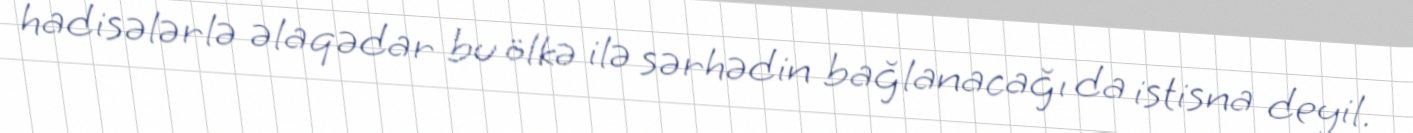
hadisələrlə əlaqədar bu ölkə ilə sərhədin bağlanacağı da istisna deyil.